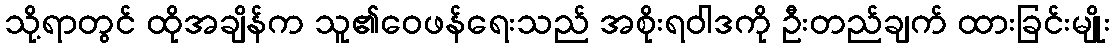
သို့ရာတွင် ထိုအချိန်က သူ၏ဝေဖန်ရေးသည် အစိုးရဝါဒကို ဦးတည်ချက် ထားခြင်းမျိုး